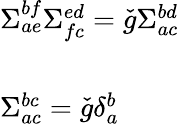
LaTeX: \begin{array}{l}{{\Sigma_{ae}^{bf}\Sigma_{fc}^{ed}=\check{g}\Sigma_{ac}^{bd}}}\\ {{\ }}\\ {{\Sigma_{ac}^{bc}=\check{g}\delta_{a}^{b}}}\end{array}